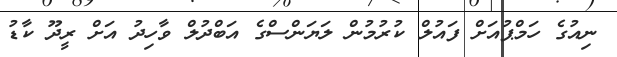
ނިއުގެ ހަމްޕުއަށް ފައުލް ކުރުމުން ލަޔަންސްގެ އަބްދުލް ވާހިދު އަށް ރީދޫ ކާޑު